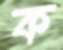
ক